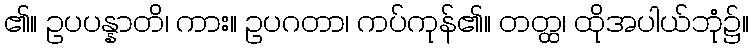
၏။ ဥပပန္နာတိ၊ ကား။ ဥပဂတာ၊ ကပ်ကုန်၏။ တတ္ထ၊ ထိုအပါယ်ဘုံ၌။